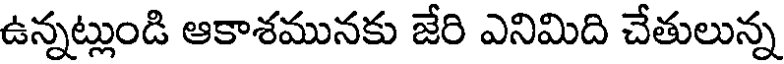
ఉన్నట్లుండి ఆకాశమునకు జేరి ఎనిమిది చేతులున్న